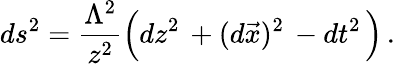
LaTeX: ds^{2}=\frac{\Lambda^{2}}{z^{2}}\Big(dz^{2}\, +(d\vec{x})^{2}\, -dt^{2}\, \Big)\, .